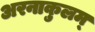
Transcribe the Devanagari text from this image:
अरनाकुलम्‌